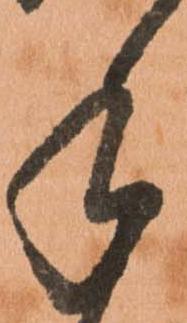
手